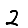
Digit: 2